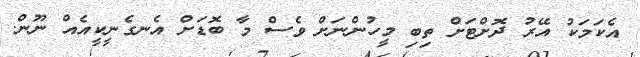
އެކަމަކު އޭރު ދޮށްޓަށް ތިބި މީހުންނަށް ވެސް މާ ބޮޑަށް އެނގެނީކީއެއް ނޫން.